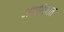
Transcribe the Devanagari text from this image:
अपरिज्ञात